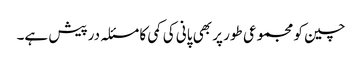
چین کو مجموعی طور پر بھی پانی کی کمی کا مسئلہ درپیش ہے۔